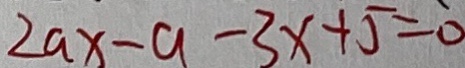
2 a x - a - 3 x + 5 = 0